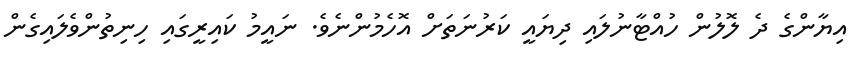
އިޔާންގެ ދެ ލޮލުން ހުއްޓާނުލައި ދިޔައީ ކަރުނަތަށް އޮހެމުންނެވެ. ނައީމު ކައިރީގައި ހިނިތުންވެލައިގެން